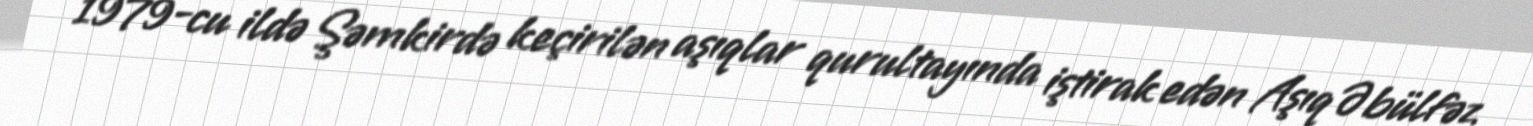
1979-cu ildə Şəmkirdə keçirilən aşıqlar qurultayında iştirak edən Aşıq Əbülfəz